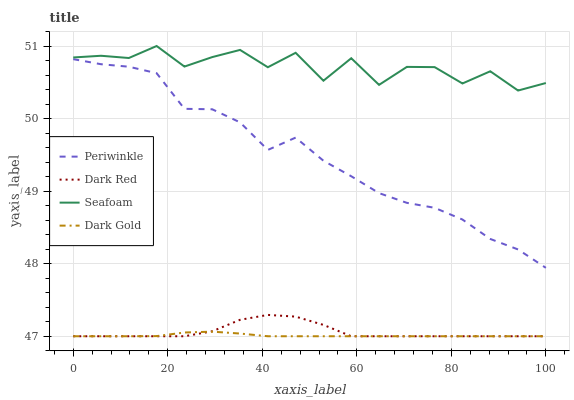
| xaxis_label | Periwinkle | Dark Red | Seafoam | Dark Gold |
 | --- | --- | --- | --- | --- |
 | 0 | 50.8 | 47 | 50.8 | 47 |
 | 5.88 | 50.7 | 47 | 50.9 | 47 |
 | 11.8 | 50.7 | 47 | 50.8 | 47 |
 | 17.6 | 50.6 | 47 | 51 | 47 |
 | 23.5 | 50.1 | 47 | 50.7 | 47.1 |
 | 29.4 | 50.1 | 47.1 | 50.8 | 47.1 |
 | 35.3 | 49.9 | 47.2 | 50.9 | 47 |
 | 41.2 | 49.6 | 47.3 | 50.7 | 47 |
 | 47.1 | 49.7 | 47.3 | 50.9 | 47 |
 | 52.9 | 49.4 | 47.2 | 50.5 | 47 |
 | 58.8 | 49.2 | 47 | 50.8 | 47 |
 | 64.7 | 49 | 47 | 50.5 | 47 |
 | 70.6 | 48.8 | 47 | 50.7 | 47 |
 | 76.5 | 48.8 | 47 | 50.7 | 47 |
 | 82.4 | 48.6 | 47 | 50.5 | 47 |
 | 88.2 | 48.3 | 47 | 50.7 | 47 |
 | 94.1 | 48.2 | 47 | 50.4 | 47 |
 | 100 | 47.9 | 47 | 50.5 | 47 |